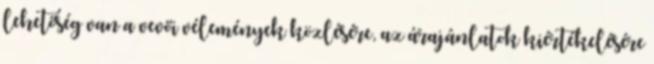
lehetőség van a vevői vélemények közlésére, az árajánlatok kiértékelésére